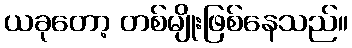
ယခုတော့ တစ်မျိုးဖြစ်နေသည်။